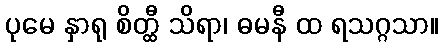
ပုမေ နှာရု စိတ္ထီ သိရာ၊ ဓမနီ ထ ရသဂ္ဂသာ။